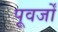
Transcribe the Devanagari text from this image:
पूवर्जों